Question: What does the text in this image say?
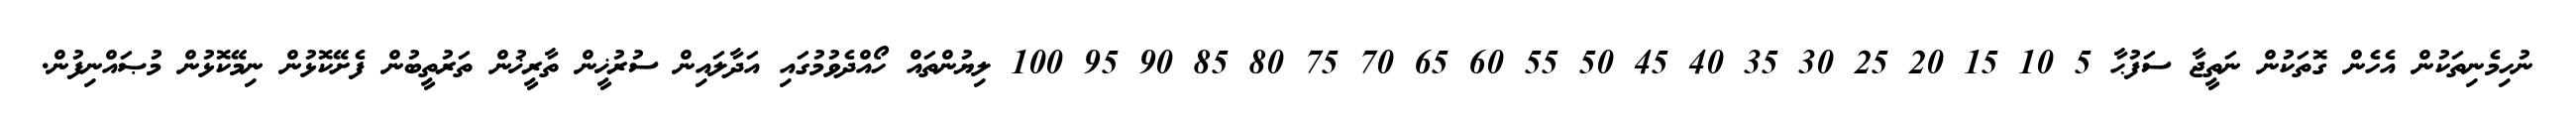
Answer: ނުހިމެނިތަކުން އެހެން ގޮތަކުން ނަތީޖާ ސަފުޙާ 5 10 15 20 25 30 35 40 45 50 55 60 65 70 75 80 85 90 95 100 ލިޔުންތައް ހޯއްދެވުމުގައި އަދާލައިން ސުރުޚީން ތާރީޚުން ތަރުތީބުން ފެށޭކޮޅުން ނިމޭކޮޅުން މުޞައްނިފުން.